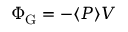
\Phi _ { \mathrm { { G } } } = - \langle P \rangle V